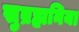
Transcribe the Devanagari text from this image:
सुब्रह्मनिया